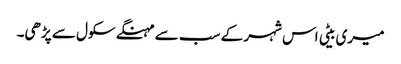
میری بیٹی اس شہر کے سب سے مہنگے سکول سے پڑھی۔